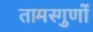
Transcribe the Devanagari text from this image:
तामस्गुणों